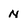
Character: n